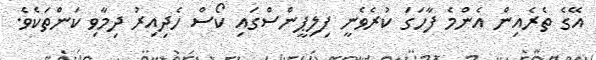
އޭގެ ތެރެއިން އެންމެ ފާހަގަ ކުރެވެނީ ފިލިޕީންސްގައި ކޯސް ހެދިއިރު ދިމާވި ކަންތަކެވެ.